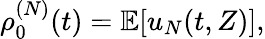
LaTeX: \begin{array}{r}{\rho_{0}^{(N)}(t)=\mathbb{E}[u_{N}(t,Z)],}\end{array}